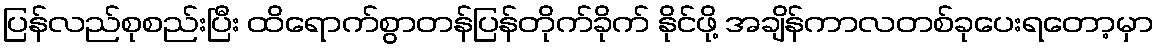
ပြန်လည်စုစည်းပြီး ထိရောက်စွာတန်ပြန်တိုက်ခိုက် နိုင်ဖို့ အချိန်ကာလတစ်ခုပေးရတော့မှာ